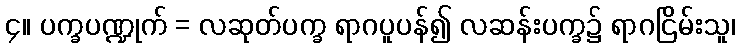
၄။ ပက္ခပဏ္ဍုက် = လဆုတ်ပက္ခ ရာဂပူပန်၍ လဆန်းပက္ခ၌ ရာဂငြိမ်းသူ၊